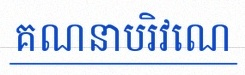
គណនាបរិវេណ